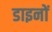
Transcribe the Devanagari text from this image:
डाइनों